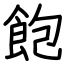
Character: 飽